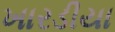
ખારડીયા